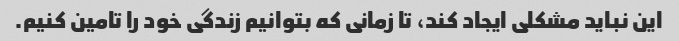
این نباید مشکلی ایجاد کند، تا زمانی که بتوانیم زندگی خود را تامین کنیم.